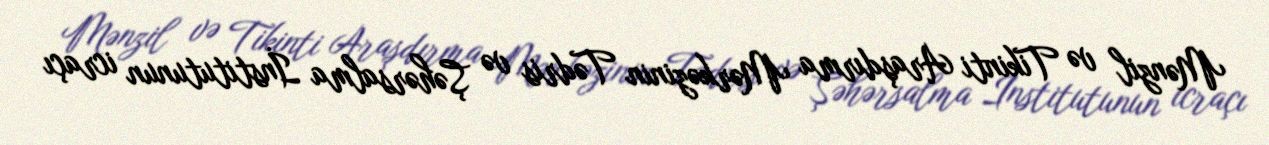
Mənzil və Tikinti Araşdırma Mərkəzinin Tədris və Şəhərsalma İnstitutunun icraçı